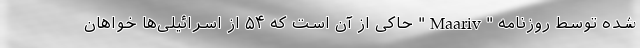
شده توسط روزنامه "Maariv" حاکی از آن است که ۵۴ از اسرائیلی‌ها خواهان